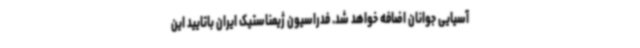
آسیایی جوانان اضافه خواهد شد. فدراسیون ژیمناستیک ایران باتایید این